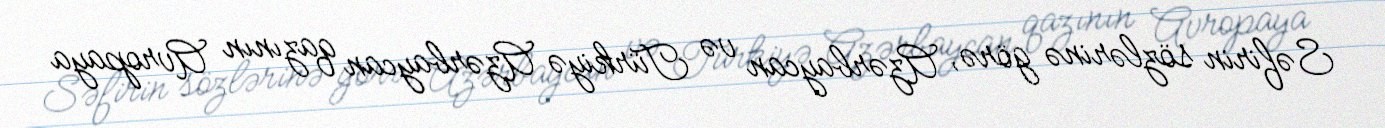
Səfirin sözlərinə görə, Azərbaycan və Türkiyə Azərbaycan qazının Avropaya